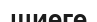
шиеге